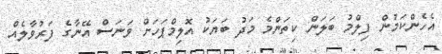
އެހެންކަމުން ފިލްމު ބަލަން ކިތަންމެ މަދު ބަޔަކު އޮލިމްޕަހަށް ވަނަސް އޭނާގެ ފަރުވާލެއް